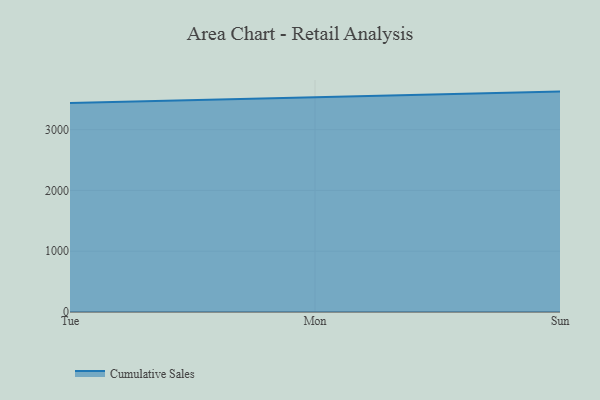
{"axis": {"x": "Day", "y": "Production Output"}, "legend": ["Cumulative Sales"], "data": [{"x": "Tue", "y": 3441.2, "type": "Cumulative Sales"}, {"x": "Mon", "y": 3534.8, "type": "Cumulative Sales"}, {"x": "Sun", "y": 3626.8, "type": "Cumulative Sales"}]}